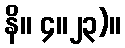
နိ။ ၄။၂၃)။